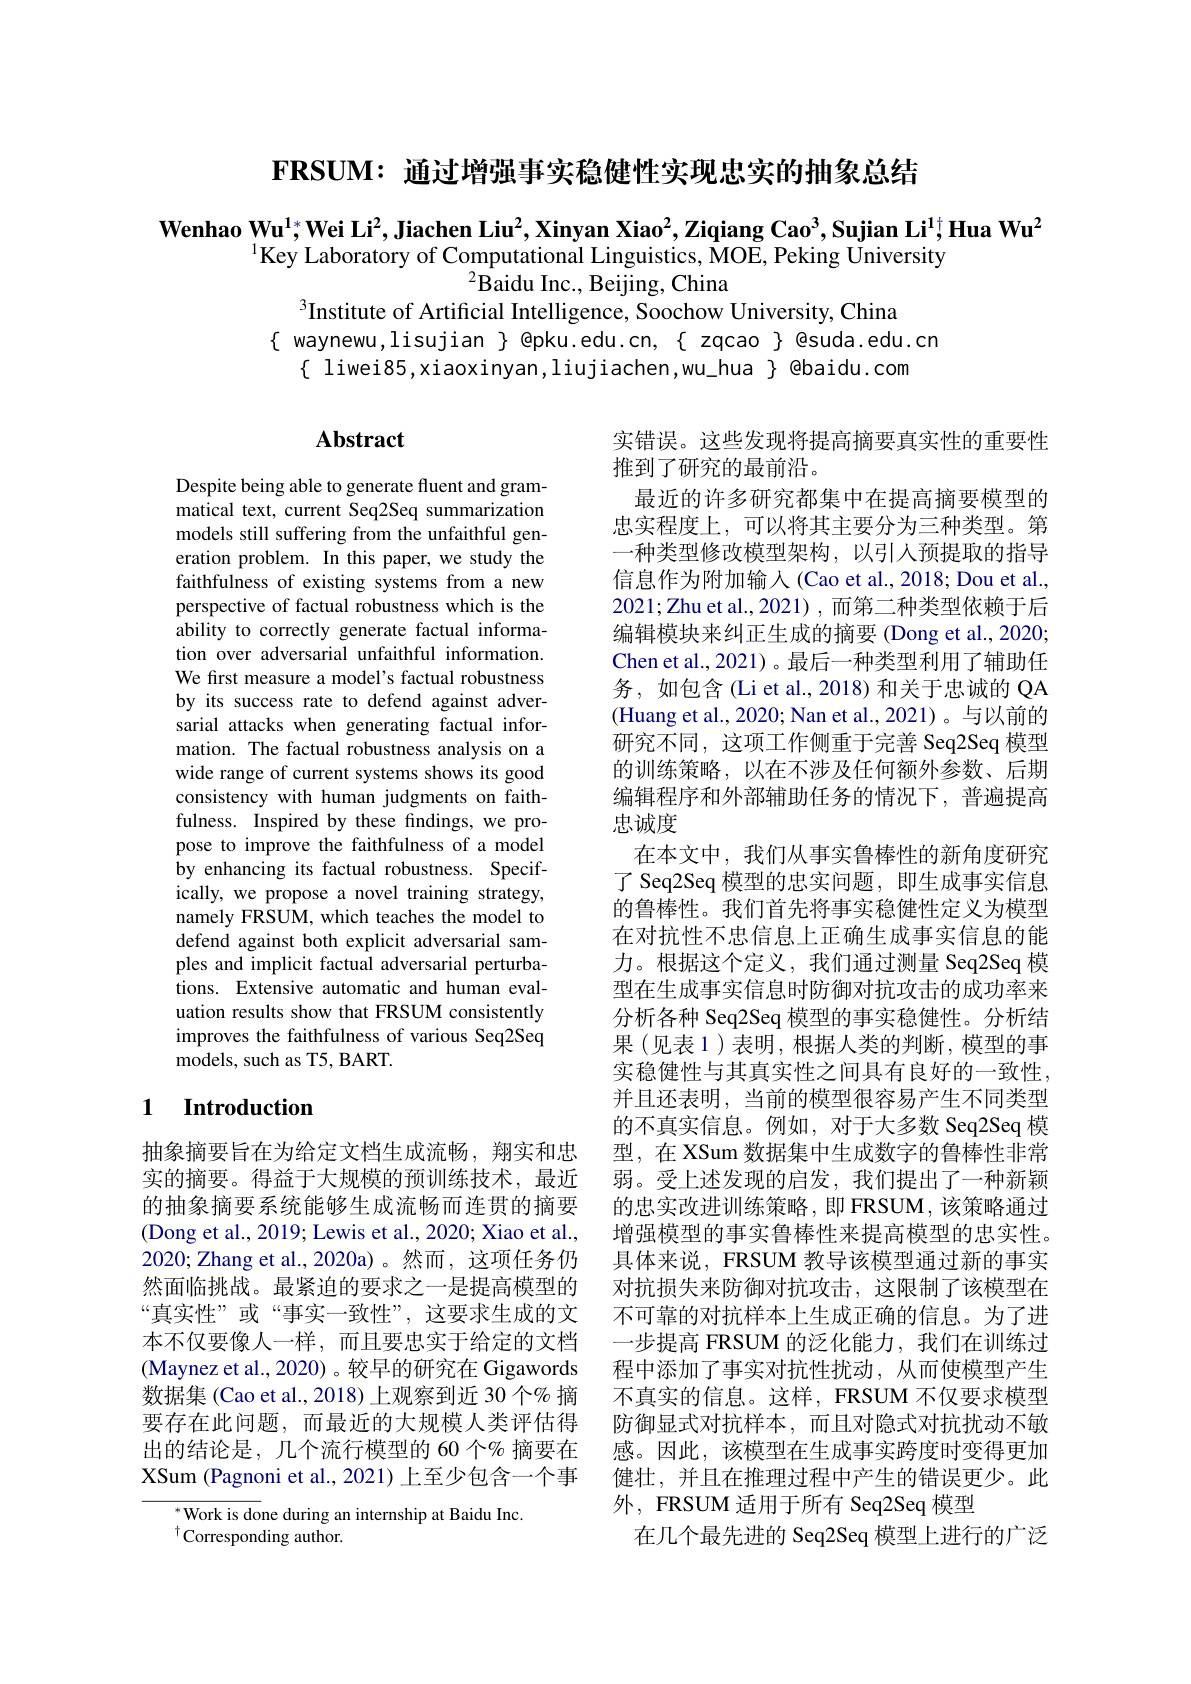
$\mathbf{FRSUM:}$通过增强事实稳健性实现忠实的抽象总结

$\textbf{Wenhao Wu}^{1*};\textbf{Wei Li}^2,\textbf{Jiachen Liu}^2,\textbf{Xinyan Xiao}^2,\textbf{Ziqiang Cao}^3,\textbf{Sujian Li}^1;\textbf{Hua Wu}^2$
$^{[\mathrm{Key~Laboratory~of~Computational~Linguistics,~MOE,~Peking~University}]}$
$^2$Baidu Inc., Beijing, China
$^{3}$Institute of Artificial Intelligence, Soochow University, China

$\{$ waynewu,lisujian $\}$ @pku.edu.cn,{ zqcao } @suda.edu.cn
$\{$ liwei85,xiaoxinyan,liujiachen,wu\_hua $\}$ @baidu.com

## $\mathbf{Abstract}$

Despite being able to generate fluent and grammatical text, current Seq2Seq summarization models still suffering from the unfaithful generation problem. In this paper, we study the faithfulness of existing systems from a new perspective of factual robustness which is the ability to correctly generate factual information over adversarial unfaithful information. We first measure a model's factual robustness by its success rate to defend against adversarial attacks when generating factual information. The factual robustness analysis on a wide range of current systems shows its good consistency with human judgments on faithfulness. Inspired by these findings, we propose to improve the faithfulness of a model by enhancing its factual robustness. Specifically, we propose a novel training strategy, namely FRSUM, which teaches the model to defend against both explicit adversarial samples and implicit factual adversarial perturbations. Extensive automatic and human evaluation results show that FRSUM consistently improves the faithfulness of various Seq2Seq models, such as T5, BART.

实错误。这些发现将提高摘要真实性的重要性
推到了研究的最前沿。
最近的许多研究都集中在提高摘要模型的忠实程度上，可以将其主要分为三种类型。第一种类型修改模型架构，以引人预提取的指导信息作为附加输入(Cao et al., 2018; Dou et al., 2021;Zhu et al.,2021),而第二种类型依赖于后编辑模块来纠正生成的摘要 (Dong et al., 2020; Chen et al., 2021)。最后一种类型利用了辅助任务，如包含(Li et al., 2018) 和关于忠诚的 QA (Huang et al., 2020; Nan et al., 2021)。与以前的研究不同，这项工作侧重于完善 Seq2Seq 模型的训练策略，以在不涉及任何额外参数、后期编辑程序和外部辅助任务的情况下，普遍提高忠诚度
在本文中，我们从事实鲁棒性的新角度研究了 Seq2Seq 模型的忠实问题，即生成事实信息的鲁棒性。我们首先将事实稳健性定义为模型在对抗性不忠信息上正确生成事实信息的能力。根据这个定义，我们通过测量 Seq2Seq 模型在生成事实信息时防御对抗攻击的成功率来分析各种 Seq2Seq 模型的事实稳健性。分析结果(见表1)表明，根据人类的判断，模型的事实稳健性与其真实性之间具有良好的一致性， 并且还表明，当前的模型很容易产生不同类型的不真实信息。例如，对于大多数 Seq2Seq 模型，在 XSum 数据集中生成数字的鲁棒性非常弱。受上述发现的启发，我们提出了一种新颖的忠实改进训练策略，即 FRSUM, 该策略通过增强模型的事实鲁棒性来提高模型的忠实性。具体来说，FRSUM 教导该模型通过新的事实对抗损失来防御对抗攻击，这限制了该模型在不可靠的对抗样本上生成正确的信息。为了进一步提高 FRSUM 的泛化能力，我们在训练过程中添加了事实对抗性扰动，从而使模型产生不真实的信息。这样，FRSUM 不仅要求模型防御显式对抗样本，而且对隐式对抗扰动不敏感。因此，该模型在生成事实跨度时变得更加健壮，并且在推理过程中产生的错误更少。此外，FRSUM 适用于所有 Seq2Seq 模型
在几个最先进的 Seq2Seq 模型上进行的广泛

## 1 $\textbf{Introduction}$

抽象摘要旨在为给定文档生成流畅，翔实和忠实的摘要。得益于大规模的预训练技术，最近的抽象摘要系统能够生成流畅而连贯的摘要(Dong et al., 2019; Lewis et al., 2020; Xiao et al., 2020; Zhang et al., 2020a)。然而，这项任务仍然面临挑战。最紧迫的要求之一是提高模型的“真实性”或“事实一致性”,这要求生成的文本不仅要像人一样，而且要忠实于给定的文档(Maynez et al., 2020)。较早的研究在 Gigawords 数据集 (Cao et al., 2018) 上观察到近 30 个% 摘要存在此问题，而最近的大规模人类评估得出的结论是，几个流行模型的 60 个$\%$ 摘要在XSum (Pagnoni et al., 2021) 上至少包含一个事

$^*$Work is done during an internship at Baidu Inc.

$^{\dagger}$Corresponding author.